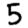
Digit: 5